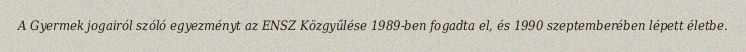
A Gyermek jogairól szóló egyezményt az ENSZ Közgyűlése 1989-ben fogadta el, és 1990 szeptemberében lépett életbe.